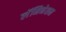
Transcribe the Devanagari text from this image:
लॅमिनेशन